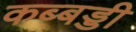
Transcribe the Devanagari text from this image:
कब्बड्डी